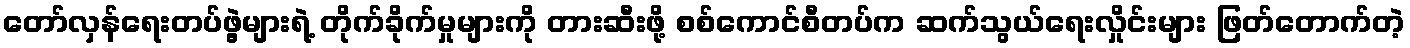
တော်လှန်ရေးတပ်ဖွဲ့များရဲ့ တိုက်ခိုက်မှုများကို တားဆီးဖို့ စစ်ကောင်စီတပ်က ဆက်သွယ်ရေးလှိုင်းများ ဖြတ်တောက်တဲ့